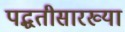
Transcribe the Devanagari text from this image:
पद्धतीसारख्या